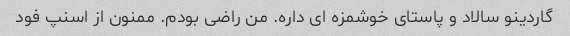
گاردینو سالاد و پاستاى خوشمزه اى داره. من راضى بودم. ممنون از اسنپ فود